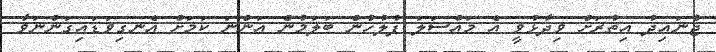
ޖުނައިދު އިތުރަށް ވިދާޅުވީ އެ މައްސަލަ ފުލުހުން ބަލަމުން އަންނަ ކަމަށް އެނގިވަޑައިގަންނަވާ